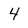
Character: 4